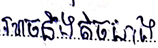
អាចនឹងតិចជាង